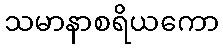
သမာနာစရိယကော